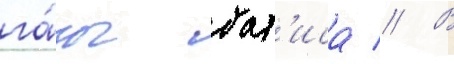
га́зы бат'иса // В